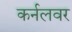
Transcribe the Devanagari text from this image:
कर्नलवर